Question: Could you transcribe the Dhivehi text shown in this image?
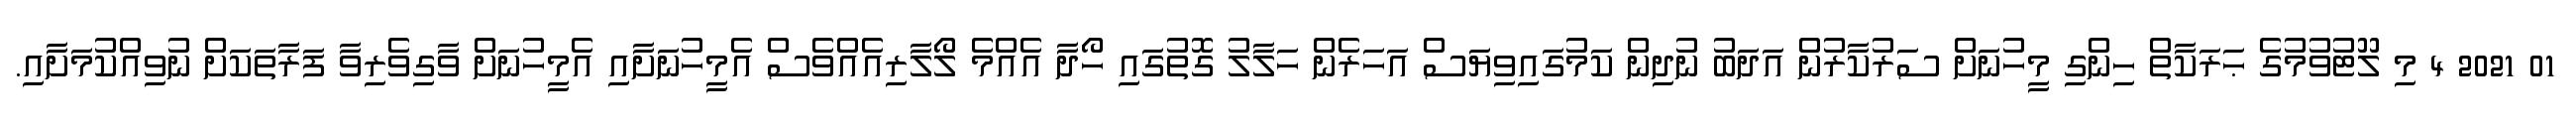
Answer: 01 2021 4 މި ލޫޓުވުމުގެ ޙަރަކާތް ހިންގި މީހުނަށް ސަރުކާރުން އަދަބު ނުދިން ކަމުގައިވިޔަސް އަހަރެން ހަލާލު ގޮތުގައި ހޯދާ އެއްމެ ލޯލާރިއެއްވެސް އެމީހުނަށާއި އެމީހުނަށް ވާގިވެރިވާ ފަރާތަކަށް ނުވިއްކުމަށާއި.